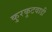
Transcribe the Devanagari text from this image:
कुरकुटवाडी